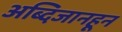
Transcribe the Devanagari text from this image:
अब्दिजानहून